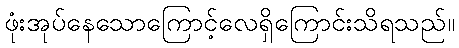
ဖုံးအုပ်နေသောကြောင့်လေရှိကြောင်းသိရသည်။